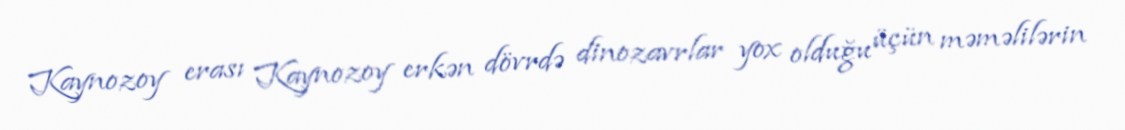
Kaynozoy erası Kaynozoy erkən dövrdə dinozavrlar yox olduğu üçün məməlilərin